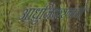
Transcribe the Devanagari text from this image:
आधुनिकरणाची